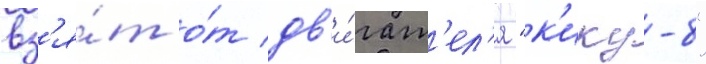
вз'я́т о́т дв'и́гат'ел'я "к'ику-8"